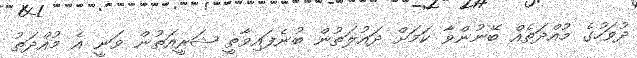
ދުވަހުގެ މުއްދަތެއް ބޭނުންވާ ކަމަށް ދައުލަތުން ބުނެފައިވާތީ ޝަރީއަތުން ވަނީ އެ މުއްދަތު